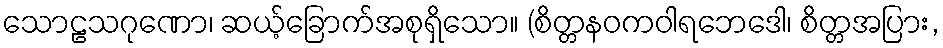
သောဠသဂုဏော၊ ဆယ့်ခြောက်အစုရှိသော။ (စိတ္တနဝကဝါရဘေဒေါ၊ စိတ္တအပြား,